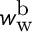
w _ { \mathrm { w } } ^ { \mathrm { b } }